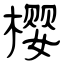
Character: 樱